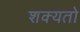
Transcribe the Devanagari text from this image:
शक्‍यतो